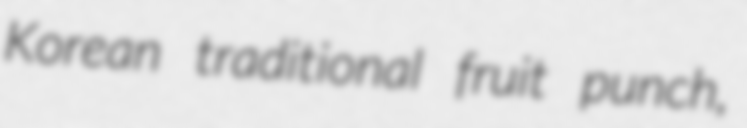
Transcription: Korean traditional fruit punch,